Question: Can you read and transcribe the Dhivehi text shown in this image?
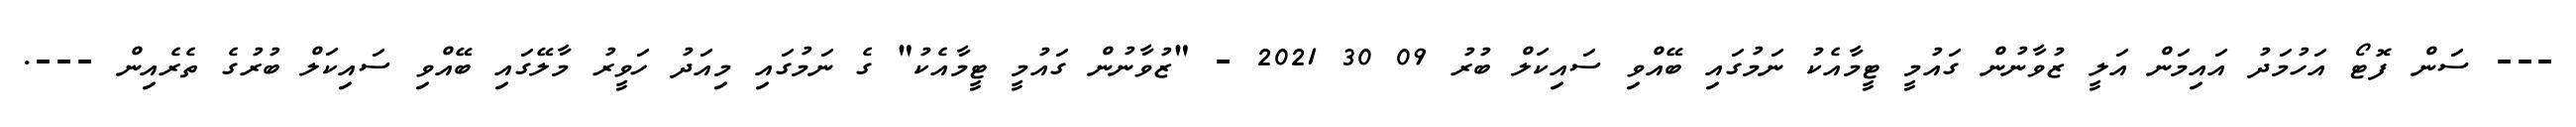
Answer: --- ސަން ފޮޓޯ އަހުމަދު އައިމަން އަލީ ޒުވާނުން ގައުމީ ޓީމާއެކު ނަމުގައި ބޭއްވި ސައިކަލް ބުރު 09 30 2021 - "ޒުވާނުން ގައުމީ ޓީމާއެކު" ގެ ނަމުގައި މިއަދު ހަވީރު މާލޭގައި ބޭއްވި ސައިކަލް ބުރުގެ ތެރެއިން ---.